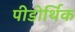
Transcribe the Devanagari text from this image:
पीडोर्थिक